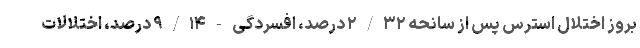
بروز اختلال استرس پس از سانحه ۲/۳۲ درصد، افسردگی - ۹/۱۴ درصد، اختلالات